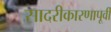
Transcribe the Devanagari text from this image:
सादरीकारणापूर्वी